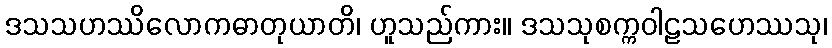
ဒသသဟဿိလောကဓာတုယာတိ၊ ဟူသည်ကား။ ဒသသုစက္ကဝါဠသဟေဿသု၊